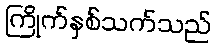
ကြိုက်နှစ်သက်သည်